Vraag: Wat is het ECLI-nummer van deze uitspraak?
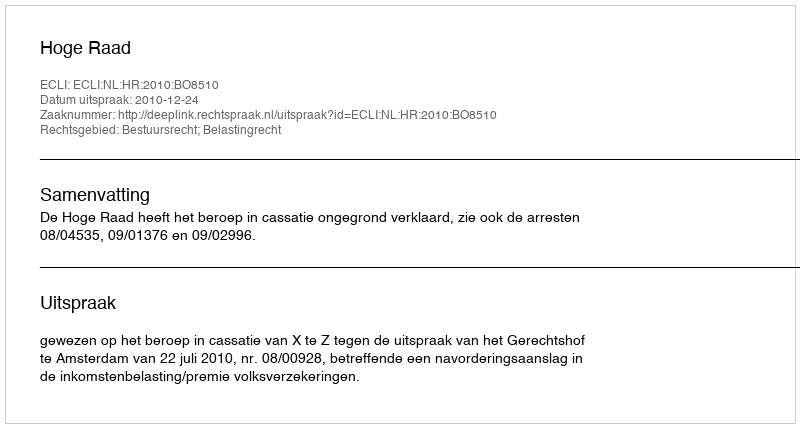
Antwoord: ECLI:NL:HR:2010:BO8510